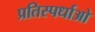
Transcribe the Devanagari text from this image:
प्रतिस्पर्धाओ